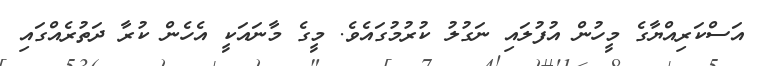
އަސްކަރިއްޔާގެ މީހުން އުފުލައި ނަގުލު ކުރުމުގައެވެ. މީގެ މާނައަކީ އެހެން ކުރާ ދަތުރެއްގައި